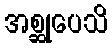
အစ္ဆုပေသိ